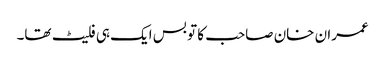
عمران خان صاحب کا تو بس ایک ہی فلیٹ تھا۔